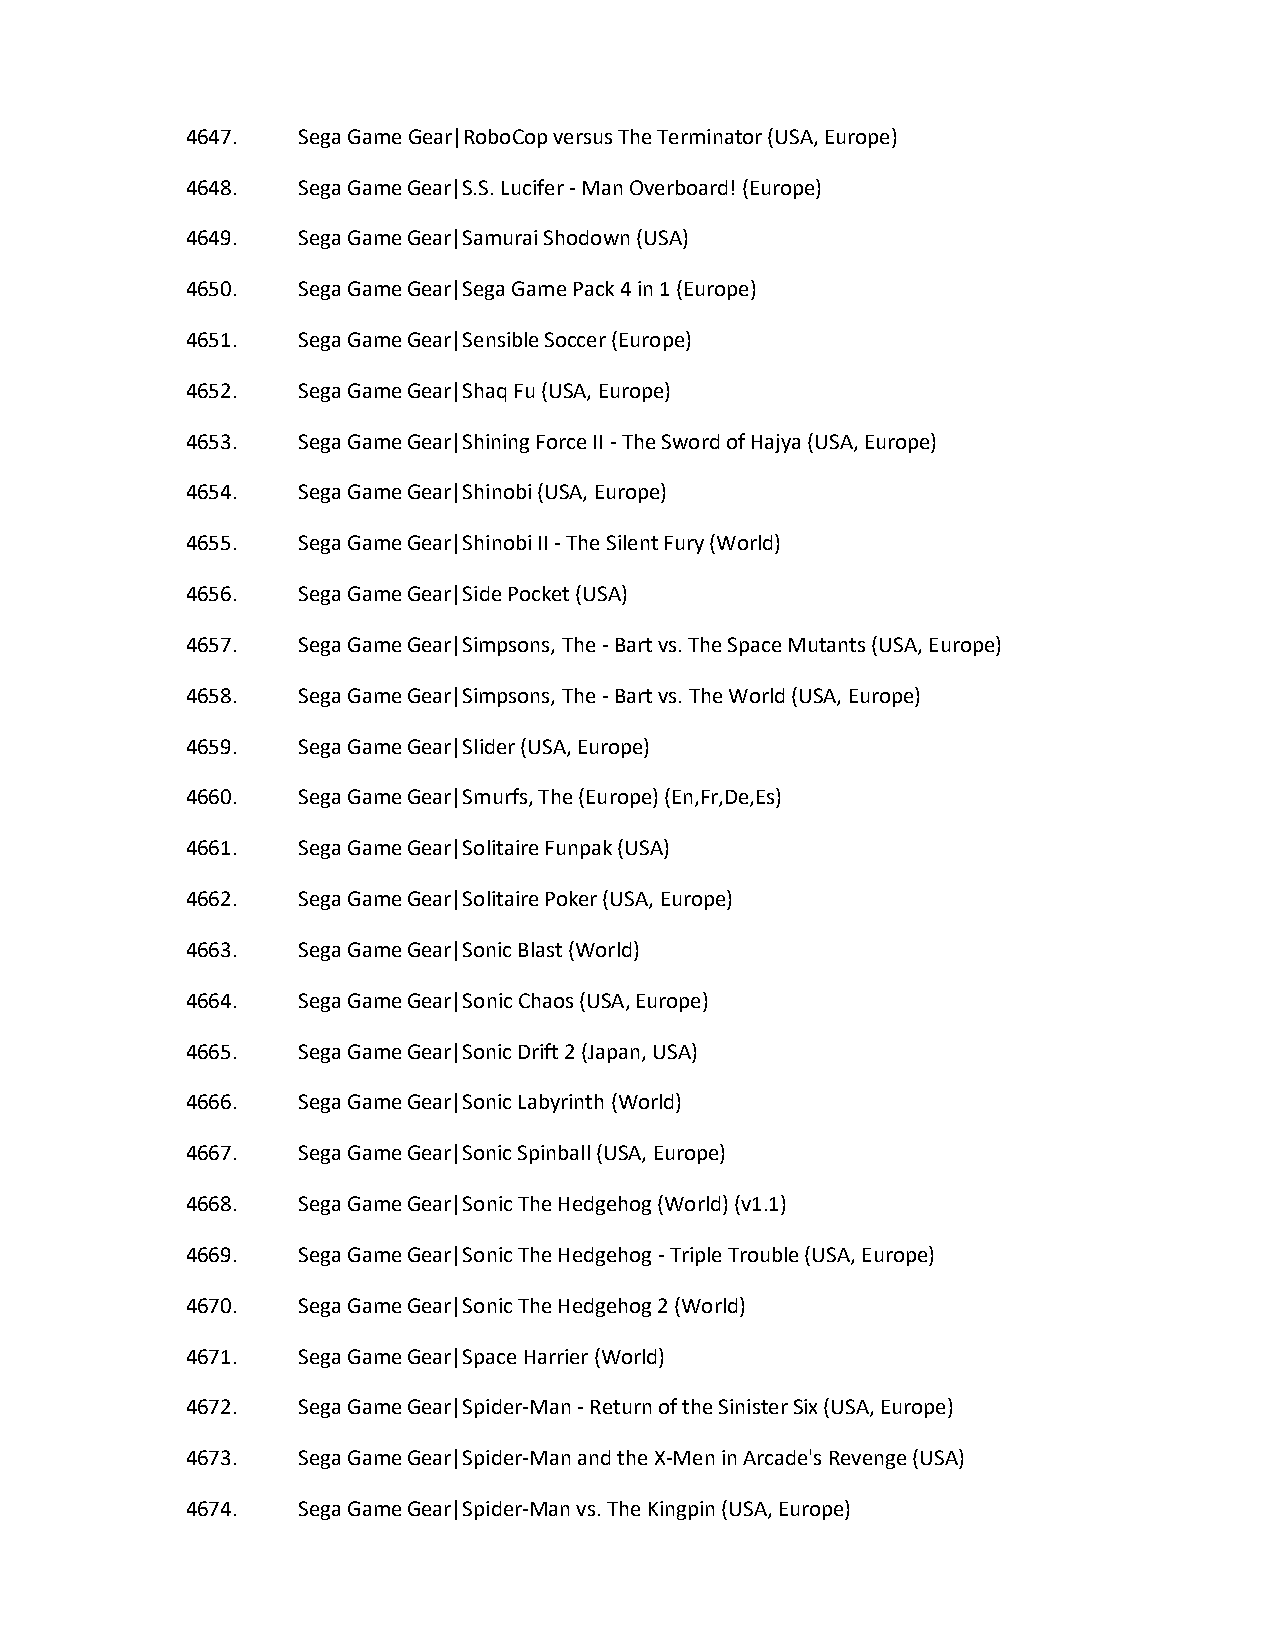
4647.   Sega Game Gear|RoboCop versus The Terminator (USA, Europe)
 4648.   Sega Game Gear|S.S. Lucifer - Man Overboard! (Europe)
 4649.   Sega Game Gear|Samurai Shodown (USA)
 4650.   Sega Game Gear|Sega Game Pack 4 in 1 (Europe)
 4651.   Sega Game Gear|Sensible Soccer (Europe)
 4652.   Sega Game Gear|Shaq Fu (USA, Europe)
 4653.   Sega Game Gear|Shining Force II - The Sword of Hajya (USA, Europe)
 4654.   Sega Game Gear|Shinobi (USA, Europe)
 4655.   Sega Game Gear|Shinobi II - The Silent Fury (World)
 4656.   Sega Game Gear|Side Pocket (USA)
 4657.   Sega Game Gear|Simpsons, The - Bart vs. The Space Mutants (USA, Europe)
 4658.   Sega Game Gear|Simpsons, The - Bart vs. The World (USA, Europe)
 4659.   Sega Game Gear|Slider (USA, Europe)
 4660.   Sega Game Gear|Smurfs, The (Europe) (En,Fr,De,Es)
 4661.   Sega Game Gear|Solitaire Funpak (USA)
 4662.   Sega Game Gear|Solitaire Poker (USA, Europe)
 4663.   Sega Game Gear|Sonic Blast (World)
 4664.   Sega Game Gear|Sonic Chaos (USA, Europe)
 4665.   Sega Game Gear|Sonic Drift 2 (Japan, USA)
 4666.   Sega Game Gear|Sonic Labyrinth (World)
 4667.   Sega Game Gear|Sonic Spinball (USA, Europe)
 4668.   Sega Game Gear|Sonic The Hedgehog (World) (v1.1)
 4669.   Sega Game Gear|Sonic The Hedgehog - Triple Trouble (USA, Europe)
 4670.   Sega Game Gear|Sonic The Hedgehog 2 (World)
 4671.   Sega Game Gear|Space Harrier (World)
 4672.   Sega Game Gear|Spider-Man - Return of the Sinister Six (USA, Europe)
 4673.   Sega Game Gear|Spider-Man and the X-Men in Arcade's Revenge (USA)
 4674.   Sega Game Gear|Spider-Man vs. The Kingpin (USA, Europe)